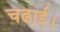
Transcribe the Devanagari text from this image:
चढाई।